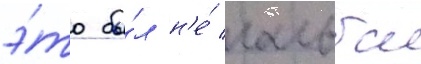
э́то бы́л н'е́ гальба